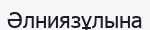
Әлниязұлына